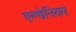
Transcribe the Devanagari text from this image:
एल्थेनियम